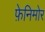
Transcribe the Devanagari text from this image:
फ़ेनिमोर